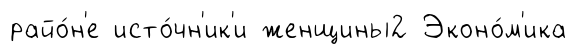
райо́н'е исто́чн'ик'и женщины2 Эконо́м'ика